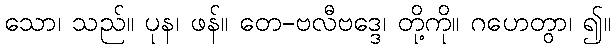
သော၊ သည်။ ပုန၊ ဖန်။ တေ-ဗလီဗဒ္ဒေ၊ တို့ကို။ ဂဟေတွာ၊ ၍။